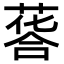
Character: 𦷌